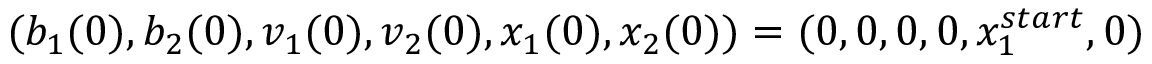
( b _ { 1 } ( 0 ) , b _ { 2 } ( 0 ) , v _ { 1 } ( 0 ) , v _ { 2 } ( 0 ) , x _ { 1 } ( 0 ) , x _ { 2 } ( 0 ) ) = ( 0 , 0 , 0 , 0 , x _ { 1 } ^ { s t a r t } , 0 )